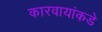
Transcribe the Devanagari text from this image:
कारवायांकडे